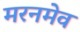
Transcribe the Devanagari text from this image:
मरनमेव